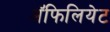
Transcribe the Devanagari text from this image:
अॅफिलियेट